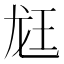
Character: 䶭